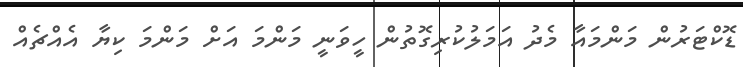
ޑޮކްޓަރުން މަންމައާ މެދު އަމަލުކުރިގޮތުން ހީވަނީ މަންމަ އަށް މަންމަ ކިޔާ އެއްޗެއް